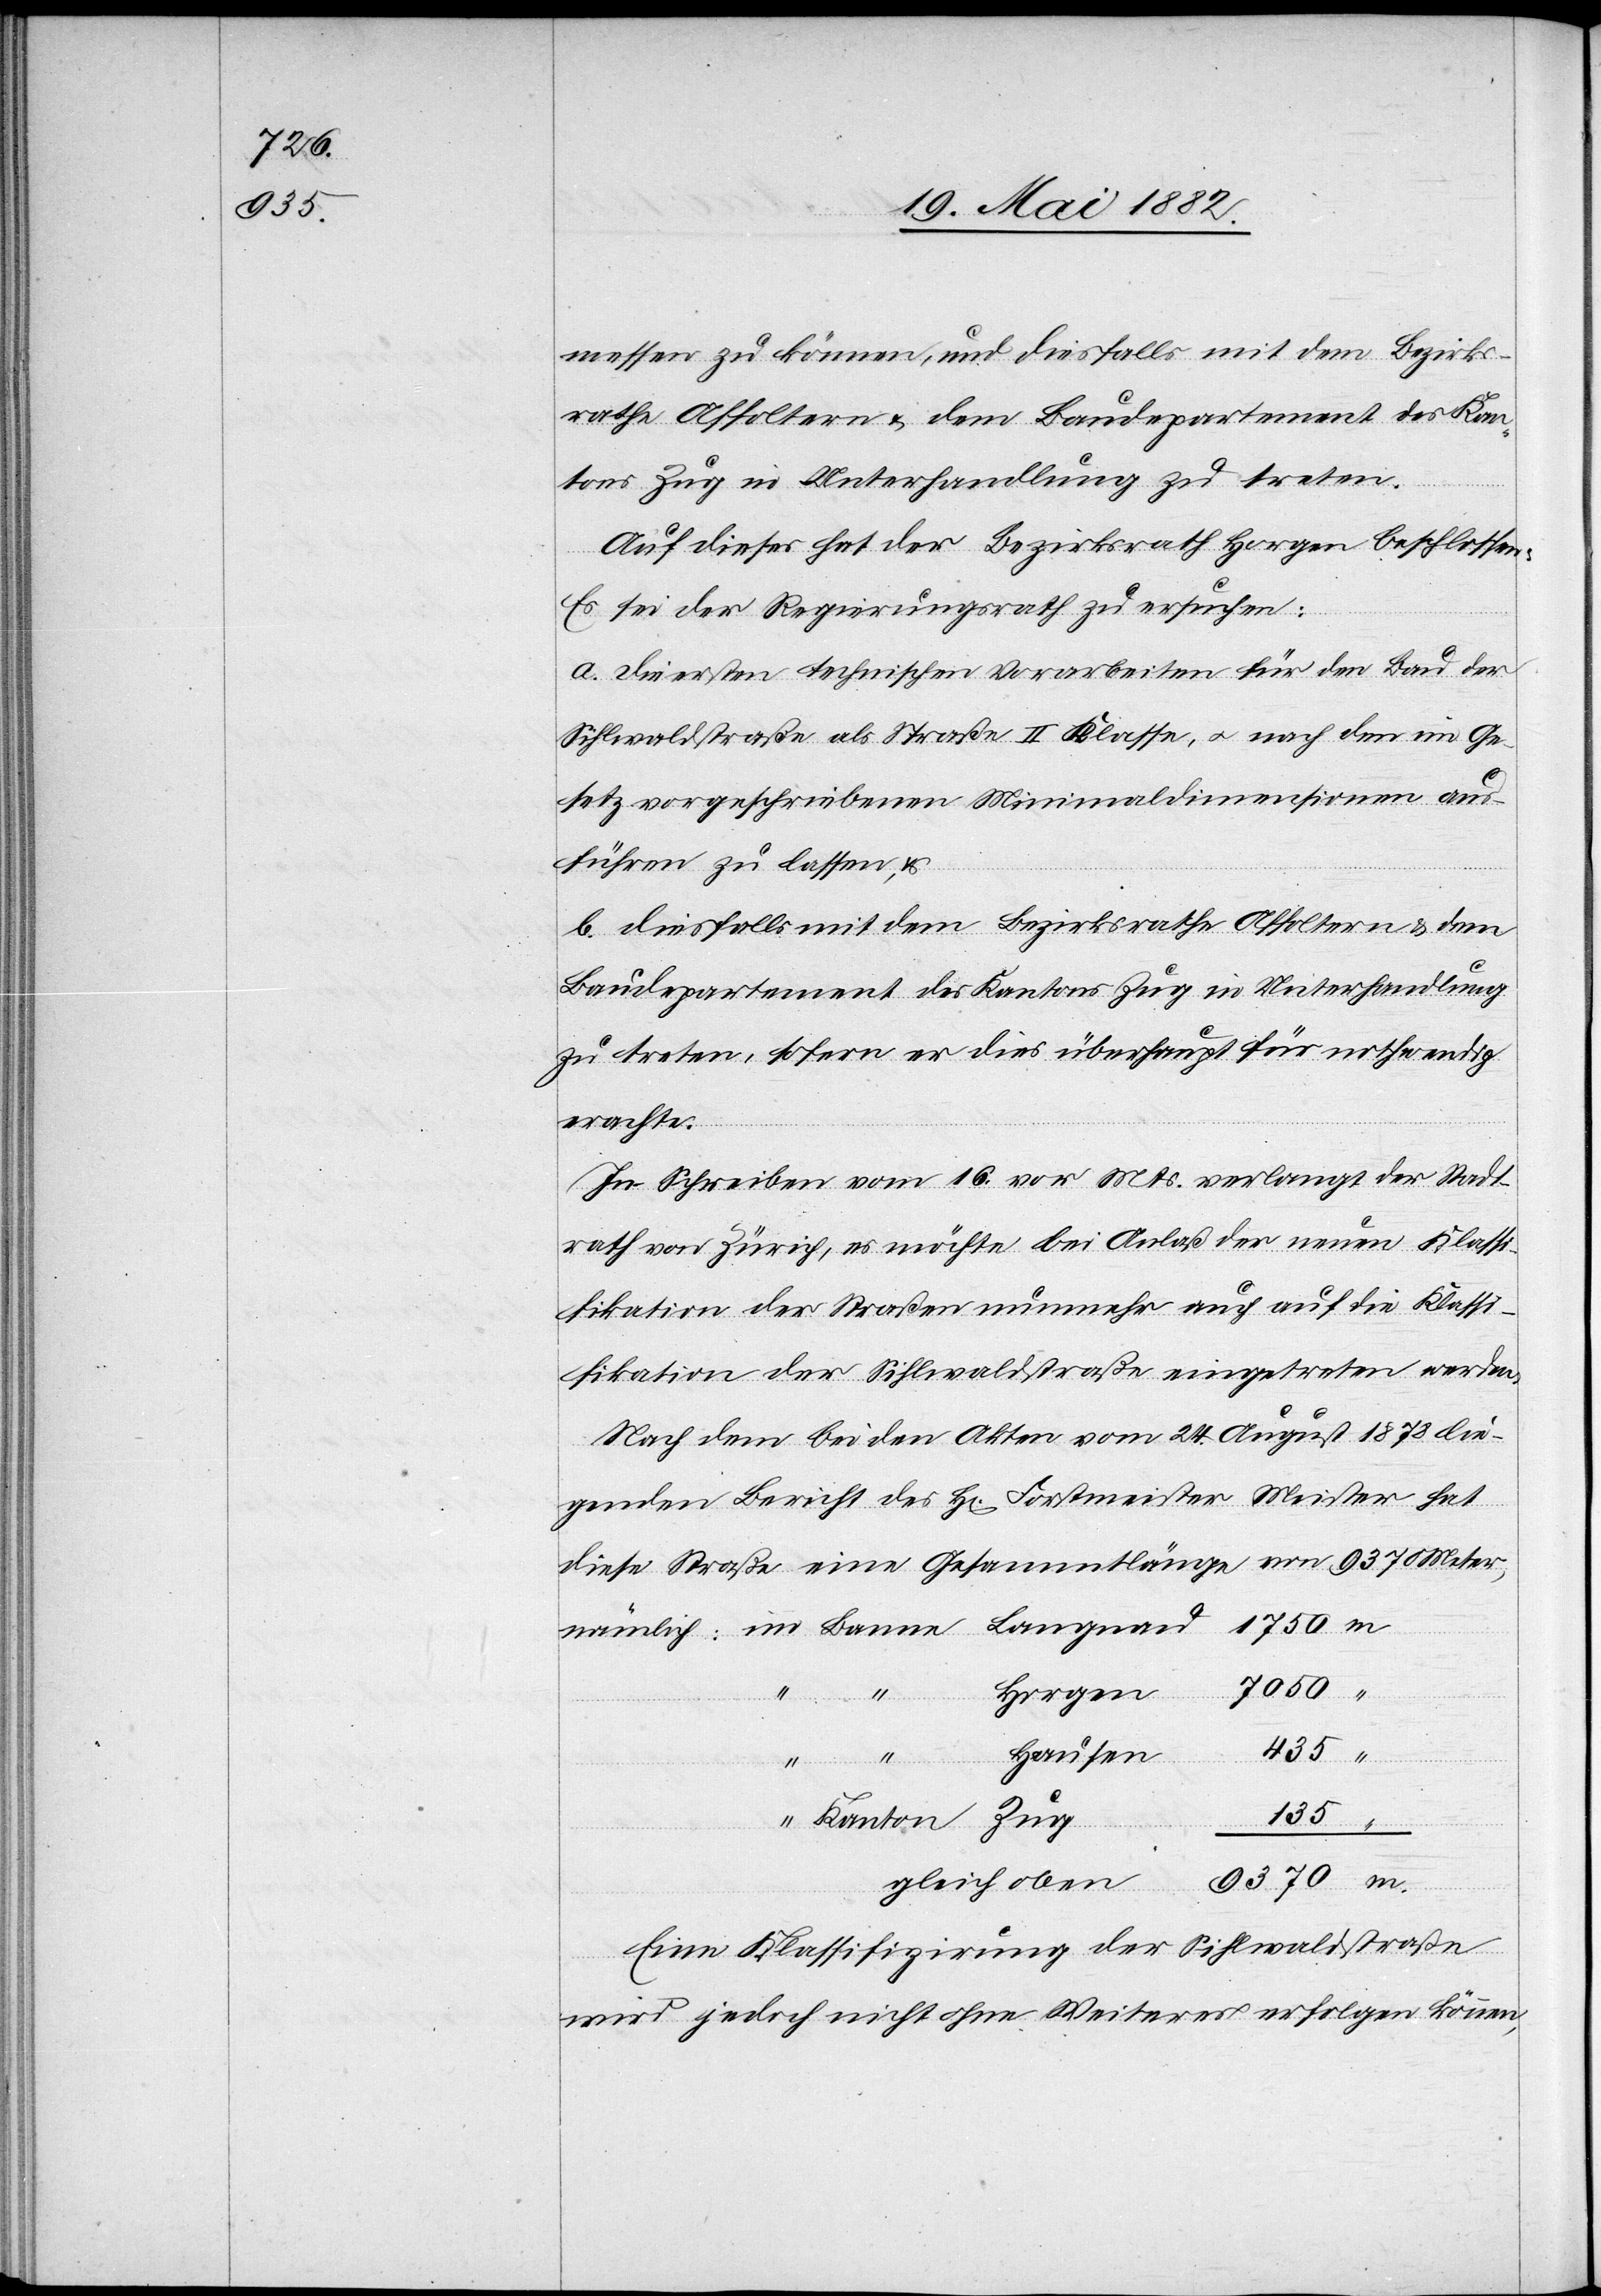
7050
135

messen zu können, und diesfalls mit dem Bezirks¬
rathe Affoltern & dem Baudepartement des Kan¬
tons Zug in Unterhandlungen zu treten.
Auf dieses hat der Bezirksrath Horgen beschlossen:
Es sei der Regierungsrath zu ersuchen:
a. Die ersten technischen Vorarbeiten für den Bau der
Sihlwaldstraße als Straße II. Klasse, u. nach den im Ge¬
setz vorgeschriebenen Minimaldimensionen aus¬
führen zu lassen, &
2. Diesfalls mit dem Bezirksrathe Affoltern & dem
Baudepartement des Kantons Zug in Unterhandlung
zu treten, sofern er dies überhaupt für nothwendig
erachte.
In Schreiben vom 16. vor. Mts. verlangt der Stadt¬
rath von Zürich, es möchte bei Anlaß der neuen Klassi¬
fikation der Straßen nunmehr auch auf die Klassi¬
fikation der Sihlwaldstraße eingetreten werden.
Nach dem bei den Akten vom 24. August 1878 lie¬
genden Bericht des H[rn]. Forstmeister Meister hat
diese Straße eine Gesammtlänge von 9370 Meter,
Horgen
Hausen
435
Kanton
“
gleich oben
m
Eine Klassifizirung der Sihlwaldstraße
wird jedoch nicht ohne Weiteres erfolgen können,